Annual report of the Imperial Bacteriologist
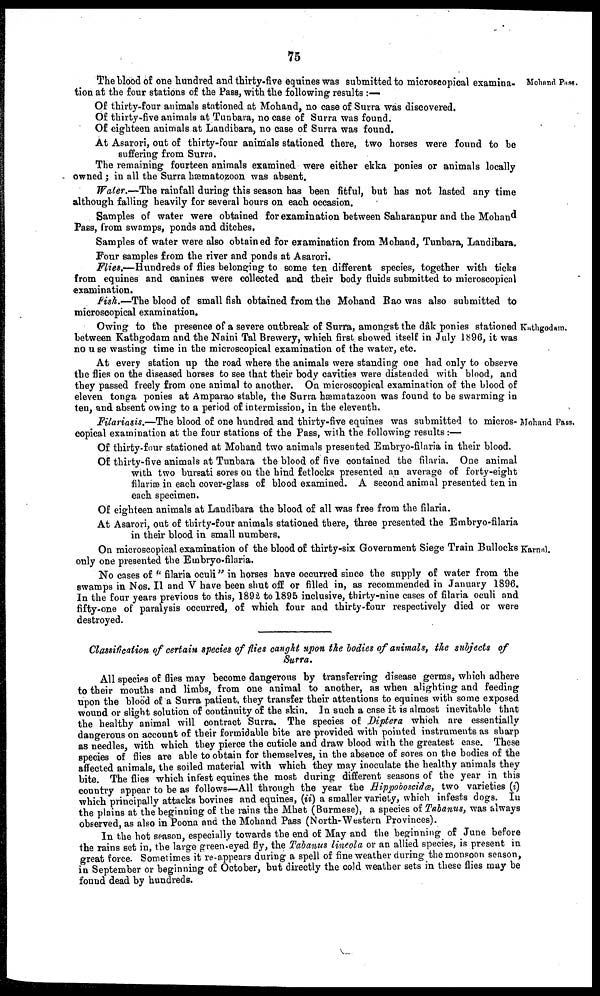
75
Mohand Pass.
Kathgodam.
Mohand Pass.
Karnal.
The blood of one hundred and thirty-five equines was submitted to microscopical examina-
tion at the four stations of the Pass, with the following results :—
Of thirty-four animals stationed at Mohand, no case of Surra was discovered.
Of thirty-five animals at Tunbara, no case of Surra was found.
Of eighteen animals at Landibara, no case of Surra was found.
At Asarori, out of thirty-four animals stationed there, two horses were found to be
suffering from Surra.
The remaining fourteen animals examined were either ekka ponies or animals locally
owned; in all the Surra hæmatozoon was absent.
Water.—The rainfall during this season has been fitful, but has not lasted any time
although falling heavily for several hours on each occasion.
Samples of water were obtained for examination between Saharanpur and the Mohand
Pass, from swamps, ponds and ditches.
Samples of water were also obtained for examination from Mohand, Tunbara, Landibara.
Four samples from the river and ponds at Asarori.
Flies.—Hundreds of flies belonging to some ten different species, together with ticks
from equines and canines were collected and their body fluids submitted to microscopical
examination.
Fish.—The blood of small fish obtained from the Mohand Rao was also submitted to
microscopical examination.
Owing to the presence of a severe outbreak of Surra, amongst the dâk ponies stationed
between Kathgodam and the Naini Tal Brewery, which first showed itself in July 1896, it was
no use wasting time in the microscopical examination of the water, etc.
At every station up the road where the animals were standing one had only to observe
the flies on the diseased horses to see that their body cavities were distended with blood, and
they passed freely from one animal to another. On microscopical examination of the blood of
eleven tonga ponies at Amparao stable, the Surra hæmatazoon was found to be swarming in
ten, and absent owing to a period of intermission, in the eleventh.
Filariasis.—The blood of one hundred and thirty-five equines was submitted to micros-
copical examination at the four stations of the Pass, with the following results :—
Of thirty-four stationed at Mohand two animals presented Embryo-filaria in their blood.
Of thirty-five animals at Tunbara the blood of five contained the filaria. One animal
with two bursati sores on the hind fetlocks presented an average of forty-eight
filariæ in each cover-glass of blood examined. A second animal presented ten in
each specimen.
Of eighteen animals at Landibara the blood of all was free from the filaria.
At Asarori, out of thirty-four animals stationed there, three presented the Embryo-filaria
in their blood in small numbers.
On microscopical examination of the blood of thirty-six Government Siege Train Bullocks
only one presented the Embryo-filaria.
No cases of " filaria oculi" in horses have occurred since the supply of water from the
swamps in Nos. II and V have been shut off or filled in, as recommended in January 1896.
In the four years previous to this, 1892 to 1895 inclusive, thirty-nine cases of filaria oculi and
fifty-one of paralysis occurred, of which four and thirty-four respectively died or were
destroyed.
Classification of certain species of flies caught upon the bodies of animals, the subjects of
Surra.
All species of flies may become dangerous by transferring disease germs, which adhere
to their mouths and limbs, from one animal to another, as when alighting and feeding
upon the blood of a Surra patient, they transfer their attentions to equines with some exposed
wound or slight solution of continuity of the skin. In such a case it is almost inevitable that
the healthy animal will contract Surra. The species of Diptera which are essentially
dangerous on account of their formidable bite are provided with pointed instruments as sharp
as needles, with which they pierce the cuticle and draw blood with the greatest ease. These
species of flies are able to obtain for themselves, in the absence of sores on the bodies of the
affected animals, the soiled material with which they may inoculate the healthy animals they
bite. The flies which infest equines the most during different seasons of the year in this
country appear to be as follows—All through the year the Hippoboscidæ, two varieties (i)
which principally attacks bovines and equines, (ii) a smaller variety, which infests dogs. In
the plains at the beginning of the rains the Mhet (Burmese), a species of Tabanus, was always
observed, as also in Poona and the Mohand Pass (North-Western Provinces).
In the hot season, especially towards the end of May and the beginning of June before
the rains set in, the large green-eyed fly, the Tabanus lineola or an allied species, is present in
great force. Sometimes it re-appears during a spell of fine weather during the monsoon season,
in September or beginning of October, but directly the cold weather sets in these flies may be
found dead by hundreds.